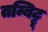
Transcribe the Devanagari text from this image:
तम्बिट्टू